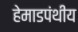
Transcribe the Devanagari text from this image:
हेमाडपंथीय